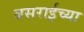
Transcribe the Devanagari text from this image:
बसराईच्या